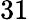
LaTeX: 31